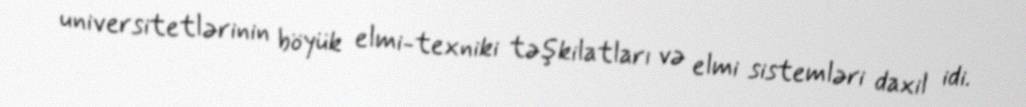
universitetlərinin böyük elmi-texniki təşkilatları və elmi sistemləri daxil idi.